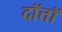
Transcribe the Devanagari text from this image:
दॉत्तॉ